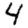
Digit: 4